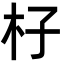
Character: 杍